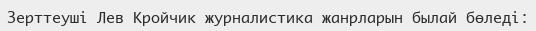
Зерттеуші Лев Кройчик журналистика жанрларын былай бөледі: